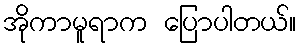
အိုကာမူရာက ပြောပါတယ်။